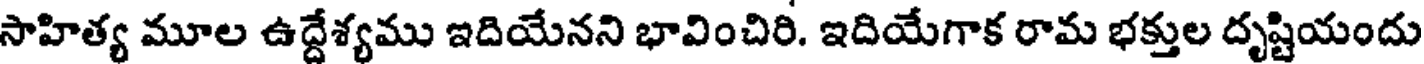
సాహిత్య మూల ఉద్దేశ్యము ఇదియేనని భావించిరి. ఇదియేగాక రామ భక్తుల దృష్టియందు